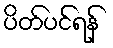
ပိတ်ပင်ရန်